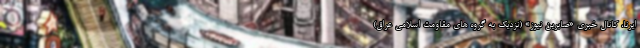
ایرنا، کانال خبری «صابرین نیوز» (نزدیک به گروه های مقاومت اسلامی عراق)